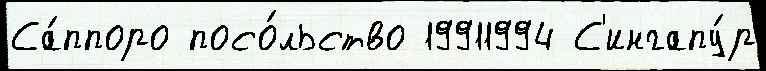
Са́ппоро посо́льство 19911994 С'ингапу́р